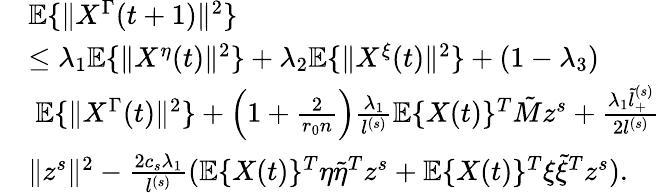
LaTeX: \begin{array}{rl}&{\mathbb{E}\{ \| X^{\Gamma}(t+1)\| ^{2}\} }\\ &{\le\lambda_{1}\mathbb{E}\{ \| X^{\eta}(t)\| ^{2}\} +\lambda_{2}\mathbb{E}\{ \| X^{\xi}(t)\| ^{2}\} +(1-\lambda_{3})}\\ &{~\mathbb{E}\{ \| X^{\Gamma}(t)\| ^{2}\} +\Big(1+\frac{2}{r_{0}n}\Big)\frac{\lambda_{1}}{l^{(s)}}\mathbb{E}\{ X(t)\} ^{T}\tilde{M}z^{s}+\frac{\lambda_{1}\tilde{l}_{+}^{(s)}}{2l^{(s)}}}\\ &{\| z^{s}\| ^{2}-\frac{2c_{s}\lambda_{1}}{l^{(s)}}(\mathbb{E}\{ X(t)\} ^{T}\eta\tilde{\eta}^{T}z^{s}+\mathbb{E}\{ X(t)\} ^{T}\xi\tilde{\xi}^{T}z^{s}).}\end{array}